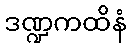
ဒဏ္ဍကထိနံ